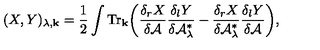
( X , Y ) _ { \lambda , { \bf k } } = \frac { 1 } { 2 } \int { \mathrm { T r } } _ { \bf k } \bigg ( { \frac { \delta _ { r } X } { \delta { \cal A } } } { \frac { \delta _ { l } Y } { \delta { \cal A } _ { \lambda } ^ { * } } } - { \frac { \delta _ { r } X } { \delta { \cal A } _ { \lambda } ^ { * } } } { \frac { \delta _ { l } Y } { \delta { \cal A } } } \bigg ) ,